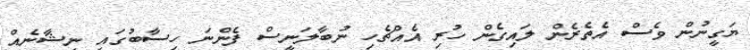
ޔަގީނުން ވެސް އެތެރެން ލައިގެން ހުރި އެއްޗެހި ނުބާލަނީސް ފެންނަ ހިސާބުގައި ނިޝާނެއް